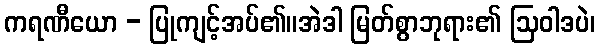
ကရဏီယော - ပြုကျင့်အပ်၏။အဲဒါ မြတ်စွာဘုရား၏ ဩဝါဒပဲ၊